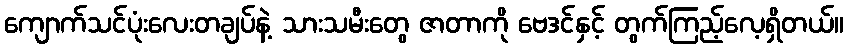
ကျောက်သင်ပုံးလေးတချပ်နဲ့ သားသမီးတွေ ဇာတာကို ဗေဒင်နှင့် တွက်ကြည့်လေ့ရှိတယ်။